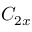
C _ { 2 x }